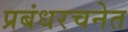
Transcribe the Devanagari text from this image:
प्रबंधरचनेत